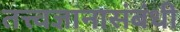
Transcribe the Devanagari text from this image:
तत्त्वज्ञानासंबंधी